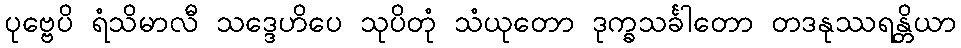
ပုဗ္ဗေပိ ရံသိမာလီ သဒ္ဒေဟိပေ သုပိတုံ သံယုတော ဒုက္ခသင်္ခါတော တဒနုဿရန္တိယာ